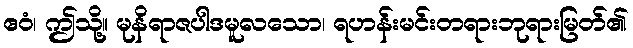
ဧဝံ၊ ဤသို့။ မုနိရာဇပါဒမူလသော၊ ရဟန်းမင်းတရားဘုရားမြတ်၏